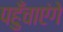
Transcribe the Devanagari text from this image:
पहुँचाएंगे